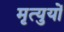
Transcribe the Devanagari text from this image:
मृत्युयों